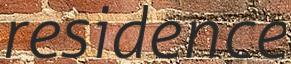
residence